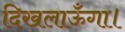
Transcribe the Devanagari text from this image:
दिखलाऊँगा।